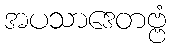
အပသာဒေတဗ္ဗံ